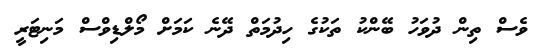
ވެސް ތިން ދުވަހު ބޭންކު ތަކުގެ ހިދުމަތް ދޭނެ ކަމަށް މޯލްޑިވްސް މަނިޓަރީ